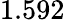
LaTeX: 1.592